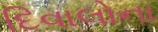
દિવાલોના